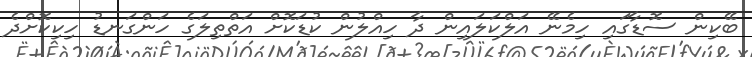
ބޭކިން ސޮޑާގައި ހިމެނޭ އަލްކަލައިން ދާ ހިއްލުން ކުޑަކޮށް އަތްތިލަގެ ހަންގަނޑު ހިކިކޮށްދެ